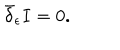
\bar { \delta } _ { \epsilon } I = 0 .